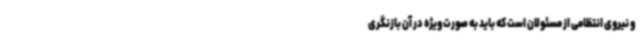
و نیروی انتظامی از مسئولان است که باید به صورت ویژه در آن بازنگری